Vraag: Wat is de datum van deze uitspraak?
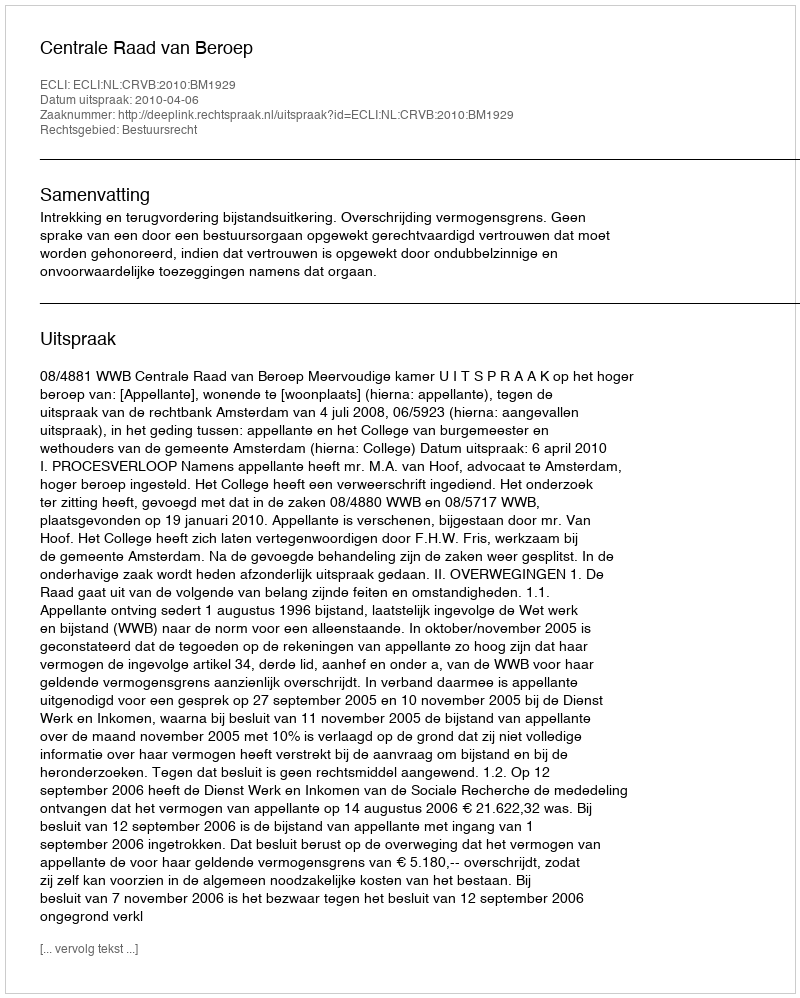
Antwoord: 2010-04-06